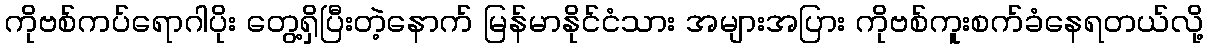
ကိုဗစ်ကပ်ရောဂါပိုး တွေ့ရှိပြီးတဲ့နောက် မြန်မာနိုင်ငံသား အများအပြား ကိုဗစ်ကူးစက်ခံနေရတယ်လို့